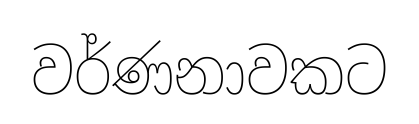
වර්ණනාවකට